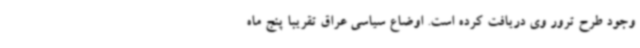
وجود طرح ترور وی دریافت کرده است. اوضاع سیاسی عراق تقریباً پنج ماه